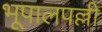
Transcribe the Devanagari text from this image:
भूपालपल्ली